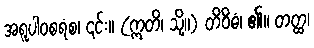
အရူပါဝစရံစ၊ ၎င်း။ (ဣတိ၊ သို့။) တိဝိဓံ၊ ၏။ တတ္ထ၊